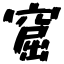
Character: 窟